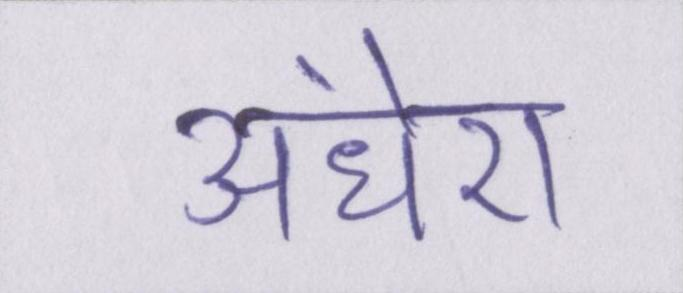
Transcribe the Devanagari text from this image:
अंधेरा